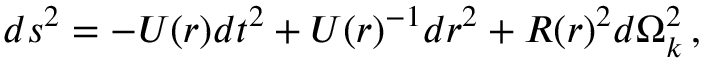
d s ^ { 2 } = - U ( r ) d t ^ { 2 } + U ( r ) ^ { - 1 } d r ^ { 2 } + R ( r ) ^ { 2 } d \Omega _ { k } ^ { 2 } \, ,